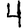
Digit: 4